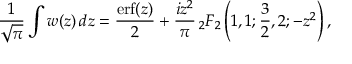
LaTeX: { \frac { 1 } { \sqrt { \pi } } } \int w ( z ) \, d z = { \frac { \operatorname { e r f } ( z ) } { 2 } } + { \frac { i z ^ { 2 } } { \pi } } \, _ { 2 } F _ { 2 } \left( 1 , 1 ; { \frac { 3 } { 2 } } , 2 ; - z ^ { 2 } \right) ,